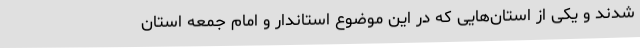
شدند و یکی از استان‌هایی که در این موضوع استاندار و امام جمعه استان